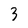
Character: 3